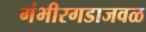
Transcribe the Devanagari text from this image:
गंभीरगडाजवळ